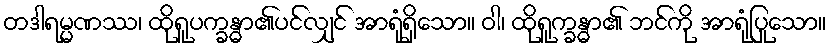
တဒါရမ္မဏဿ၊ ထိုရူပက္ခန္ဓာ၏ပင်လျှင် အာရုံရှိသော။ ဝါ၊ ထိုရူက္ခန္ဓာ၏ ဘင်ကို အာရုံပြုသော။